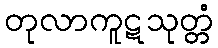
တုလာကူဋသုတ္တံ